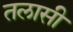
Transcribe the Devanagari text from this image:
तलासी